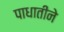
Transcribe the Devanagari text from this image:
पाधातीने